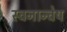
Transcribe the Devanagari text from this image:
स्वनान्वेष